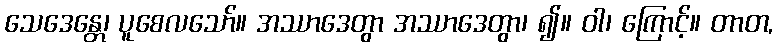
သေဒေန္တေ၊ ပူစေလသော်။ အဿာဒေတွာ အဿာဒေတွာ၊ ၍။ ဝါ၊ ကြောင့်။ တာတ,